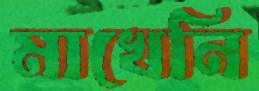
মাখেনি